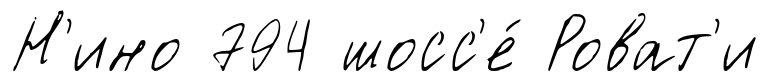
Н'ино 794 шосс'е́ Роват'и